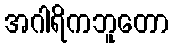
အဂါရိကဘူတော